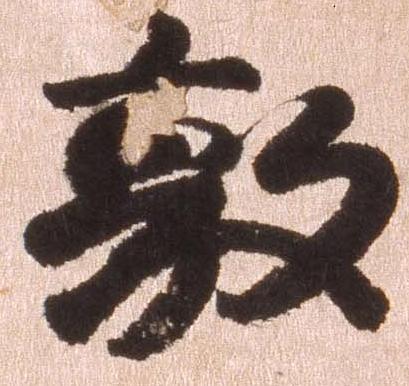
敦